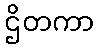
ဌိတကာ